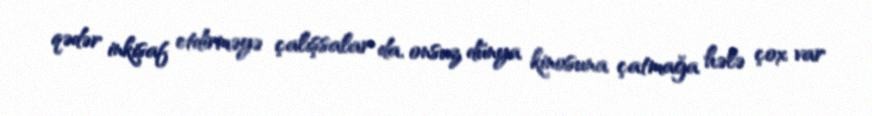
qədər inkişaf etdirməyə çalışsalar da, onsuz dünya kinosuna çatmağa hələ çox var